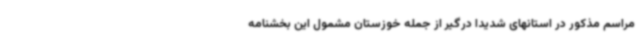
مراسم مذکور در استانهای شدیدا درگیر از جمله خوزستان مشمول این بخشنامه